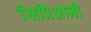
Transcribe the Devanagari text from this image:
सिप्रिआनी